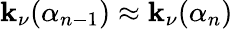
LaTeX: \mathbf{k}_{\nu}(\alpha_{n-1})\approx\mathbf{k}_{\nu}(\alpha_{n})